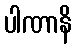
ပါဏာနိ